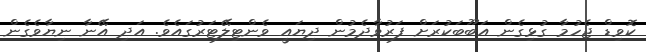
ކޮވިޑް ޖެހުމާ ގުޅިގެން އަބޫބަކުރަށް ފަރުވާދެމުން ދިޔައީ ވެންޓިލޭޓަރުގައެވެ. އަދި އޭނާ ނިޔާވެގެން